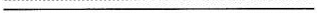
___